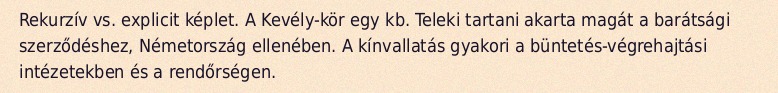
Rekurzív vs. explicit képlet. A Kevély-kör egy kb. Teleki tartani akarta magát a barátsági szerződéshez, Németország ellenében. A kínvallatás gyakori a büntetés-végrehajtási intézetekben és a rendőrségen.